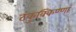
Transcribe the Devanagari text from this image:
टंकुक्किण्णा